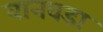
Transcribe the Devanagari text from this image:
वानवडा